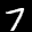
Label: 7